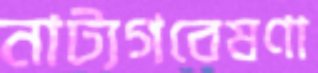
নাট্যগবেষণা